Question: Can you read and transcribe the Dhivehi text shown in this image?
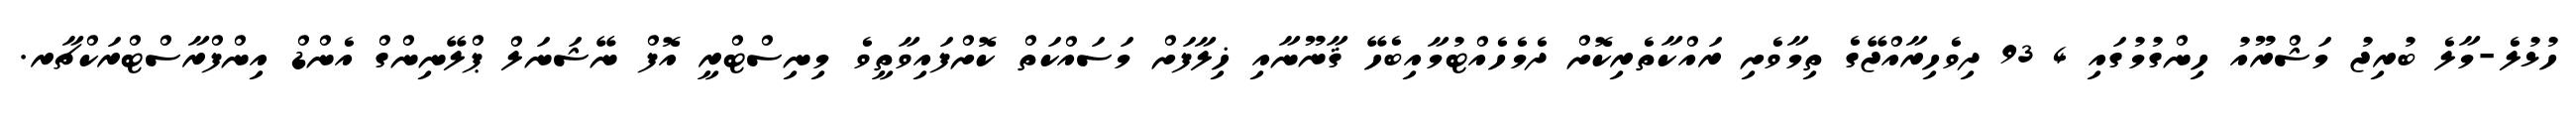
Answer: ހުޅުލެ-މާލެ ބުރިޖު މަޝްރޫއު ހިންގުމުގައި 4 93 ދިވެހިރާއްޖޭގެ ތިމާވެށި ރައްކާތެރިކޮށް ދެމެހެއްޓުމާއިބެހޭ ޤާނޫނާއި ޚިލާފަށް މަސައްކަތް ކޮށްފައިވާތީވެ މިނިސްޓްރީ އޮފް ނޭޝަނަލް ޕްލޭނިންގް އެންޑް އިންފްރާސްޓްރަކްޗާރ.